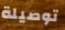
توصيلة